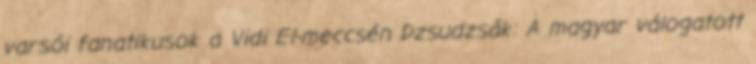
varsói fanatikusok a Vidi El-meccsén Dzsudzsák: A magyar válogatott